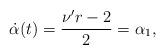
LaTeX: \begin{align*} \dot{\alpha }(t)=\frac{{\nu }'r-2}{2}={\alpha }_{1},\end{align*}